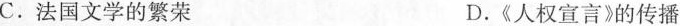
C. 法国文学的繁荣 D.《人权宣言》的传播